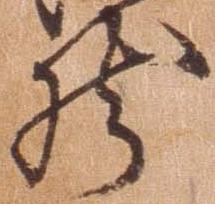
然